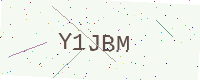
Text: Y1JBM